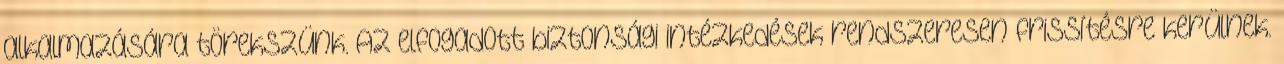
alkalmazására törekszünk. Az elfogadott biztonsági intézkedések rendszeresen frissítésre kerülnek.